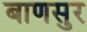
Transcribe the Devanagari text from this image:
बाणसुर